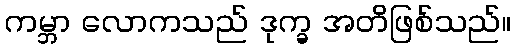
ကမ္ဘာ လောကသည် ဒုက္ခ အတိဖြစ်သည်။